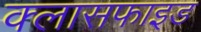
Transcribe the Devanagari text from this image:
क्लासफाइड